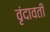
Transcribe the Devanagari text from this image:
वृंदावती